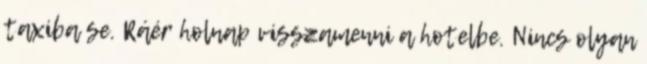
taxiba se. Ráér holnap visszamenni a hotelbe. Nincs olyan